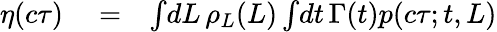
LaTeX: \begin{array}{rlr}{\eta(c\tau)}&{{}=}&{\int\! dL\, \rho_{L}(L)\int\! dt\, \Gamma(t)p(c\tau;t,L)}\end{array}